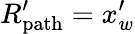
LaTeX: R_{\mathrm{path}}^{\prime}=x_{w}^{\prime}